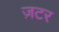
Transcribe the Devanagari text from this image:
ज़टर